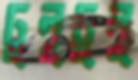
ঢুলুঢুলু